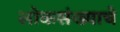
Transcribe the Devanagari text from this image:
लोकसंख्याचे